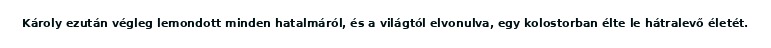
Károly ezután végleg lemondott minden hatalmáról, és a világtól elvonulva, egy kolostorban élte le hátralevő életét.